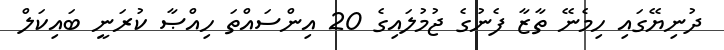
ދުނިޔޭގައި ހިމެނޭ ތާޒާ ފެނުގެ ޖުމުލައިގެ 20 އިންސައްތަ ހިއްޞާ ކުރަނީ ބައިކަލް